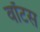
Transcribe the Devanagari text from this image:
वॉटस